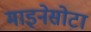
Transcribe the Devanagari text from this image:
माइनेसोटा